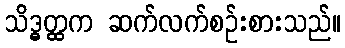
သိဒ္ဓတ္ထက ဆက်လက်စဉ်းစားသည်။